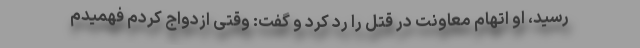
رسید، او اتهام معاونت در قتل را رد کرد و گفت: وقتی ازدواج کردم فهمیدم